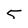
Character: 5